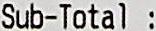
SUB-TOTAL :